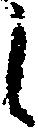
し